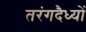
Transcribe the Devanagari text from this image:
तरंगदैध्यों